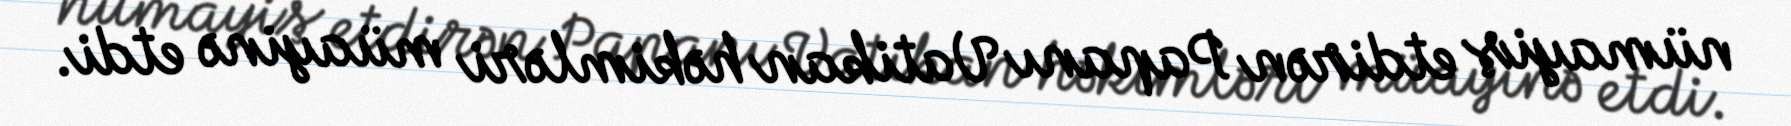
nümayiş etdirən Papanı Vatikan həkimləri müayinə etdi.